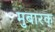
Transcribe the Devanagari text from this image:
मुबारक्